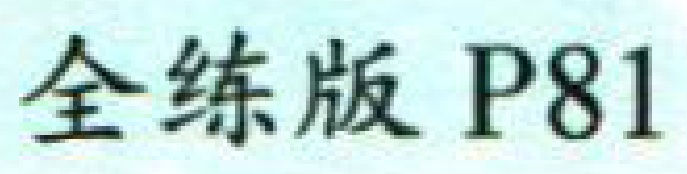
全练版 P81